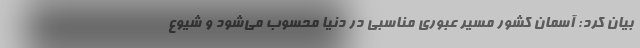
بیان کرد: آسمان کشور مسیر عبوری مناسبی در دنیا محسوب می‌شود و شیوع